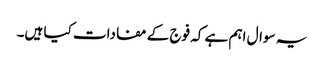
یہ سوال اہم ہے کہ فوج کے مفادات کیا ہیں۔